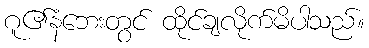
ဂူ၏နံဘေးတွင် ထိုင်ချလိုက်မိပါသည်။